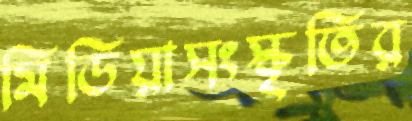
মিডিয়াসংস্কৃতির